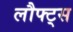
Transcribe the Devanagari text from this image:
लौफ्ट्स